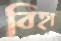
বিহা